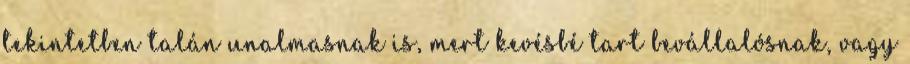
tekintetben talán unalmasnak is, mert kevésbé tart bevállalósnak, vagy